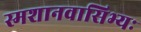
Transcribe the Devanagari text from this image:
स्मशानवासिभ्यः